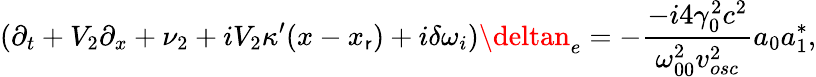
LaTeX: (\partial_{t}+V_{2}\partial_{x}+\nu_{2}+iV_{2}\kappa^{\prime}(x-x_{\mathsf{r}})+i\delta\omega_{i})\deltan_{e}=-\frac{{-i4\gamma_{0}^{2}c^{2}}}{{\omega_{00}^{2}v_{osc}^{2}}}a_{0}a_{1}^{\ast},